King Institute of Preventive Medicine Micro-Biological Section reports 1909-11
Year: 1909
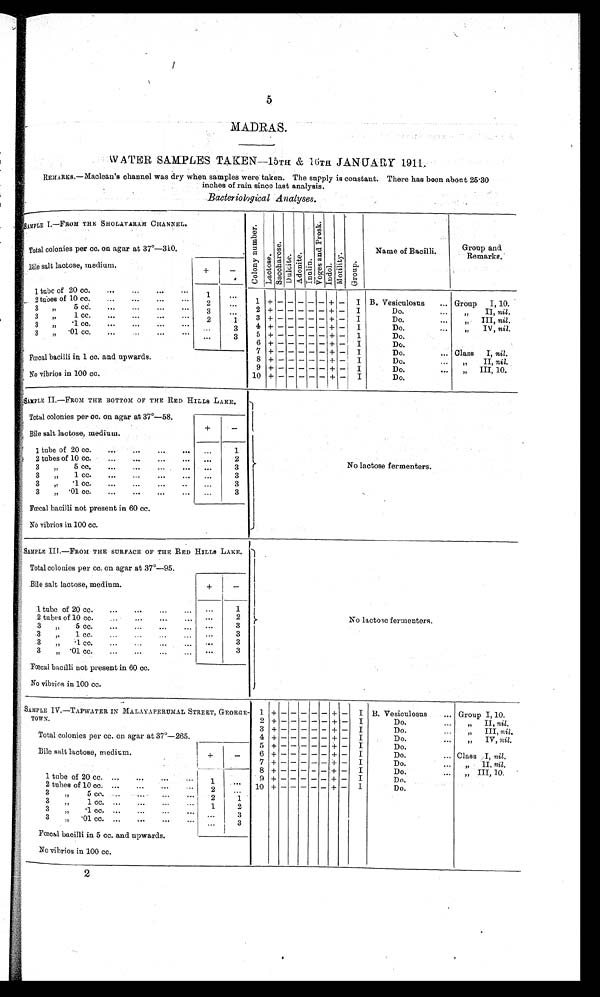
5
MADRAS.
WATER SAMPLES TAKEN—15TH & 16TH JANUARY 1911.
REMARKS.—Maclean's channel was dry when samples were' taken. The supply is constant. There has been about 25.30
inches of rain since last analysis.
Bacteriological Analyses.
SAMPLE I.—FROM THE SHOLAVARAM CHANNEL.
C o l o n y N u m b e r .
L a c t o s e .
S a c c h a r o s e .
D u l c i t e . A d o n i t e .
I n u l i n .
V o g e s a n d P r o s k .
I n d o l .
M o t i l i t y .
G r o u p .
Name of Bacilli.
Group and
Remarks.'
Total colonies per cc. on agar at 37°—310.
Bile salt lactose, medium.
+
-
1 tube of 20 cc.
...
...
. . .
1
. . .
1
+ - - - - - + - I B. Vesiculosus ... Group I, 10.
2 tubes of 1.0 cc.
...
...
...
. . .
2
. . .
3 „5 CC...
...
...
. . .
3
. . .
2 + - - - - - + - I
Do.
II, nil.
3 „ 1 cc.
...
...
...
. . . 2
1 3 + - - - - - + - I
Do.
III, nil.
3 „1cc...
...
...
...
. . .
3
4 + - - - - - + - I
Do.
IV, nil.
3 3 „ .01 cc.
... ...
. . .
3
5 + - - - - - + -
I
Do.
6 + - - - - - + - I
Do.
7 + - - - - - + - I
Do.
... Class I, nil.
Fœcal bacilli in 1 co. and upwards.
8 + - - - - - + - I
Do.
II, nil.
9 + - - - - - + - I
Do.
III, 10.
No vibrios in 100 cc.
10 + - - - - - + - I
Do.
S A M P L E I I . — F R O M T H E B O T T O M O F T H E R E D H I L L S L A K E .
No lactose fermenters.
Total colonies per cc. on agar at 37°― 58.
Bile salt lactose, medium.
+
-
1 tube of 20 cc.
...
...
. . .
1
2 tubes of 10 cc.
...
...
...
... . . .
2
3„5 cc.
...
...
...
...
. . .
3
3 „ 1 cc.
...
...
...
... ...
3
3 „ '1 cc.
...
...
...
...
. . .
3
3„
•01 CC.
...
...
...
. . .
. . .
3
Fœcal bacilli not present in 60 cc.
No vibrios in 100 cc.
SAMPLE III.—FROM THE SURFACE OF THE RED HILLS LAKE.
No lactose fermenters.
Total colonies per cc. on agar at 37°—95.
Bi l e s a l t l a c t o s e , me d i u m.
+
-
1. tube of 20 cc.
...
...
...
...
. . .
1
2 tubes of 10 cc.
...
...
... ...
2
3 „ 5 cc.
...
...
...
. . . . . .
3
3 „ 1cc.
...
...
...
...
. . .
3
3 „ 1cc.
...
...
...
...
. . .
3
3 „
• 01 cc.
...
...
...
...
. . .
3
Fœcal bacilli not present in 60 cc.
No vibrios in 100 cc.
SAMPLE IV.—TAPWATER IN MALAYAPERUMAL STREET, GEORGE-
TOWN.
1
+ -
- - - - + - I B. Vesiculosus
... Group I, 10.
2 + -
- - - - + - I
Do.
... „ II, nil.
3 + - - - - - + - I
Do.
... „ III, nil.
Total colonies per cc. on agar at 37°—265.
4 + -
- - - - + - I
Do.
...
„ IV, nil.
5 + -
- - - - + - I
Do.
Bile salt lactose, medium.
+
_
6 + -
- - - - + - I
Do.
... Class. I, nil ,
7 + -
- - - - + - I
Do.
... „ II, nil.
8 + - - - - - + - I
Do.
...
III, 10.
1 tube of 20 cc. ...
...
...
...
1
. . .
9 + -
- - - - + - I
Do.
„
2 tubes of 10 cc.
...
...
2
. . . 10
+
-
- - - -
+ - I
Do.
3 „ 5 co.
...
...
2
1
3 „ I cc. ...
...
...
... 1.
2
3 „
'1cc. ...
...
...
...
. . .
3
3 „'01 cc.
.
...
. . . . . . . . .
. . .
3
Fœecal bacilli in 5 cc. and upwards.
No vibrios in 100 cc.
2